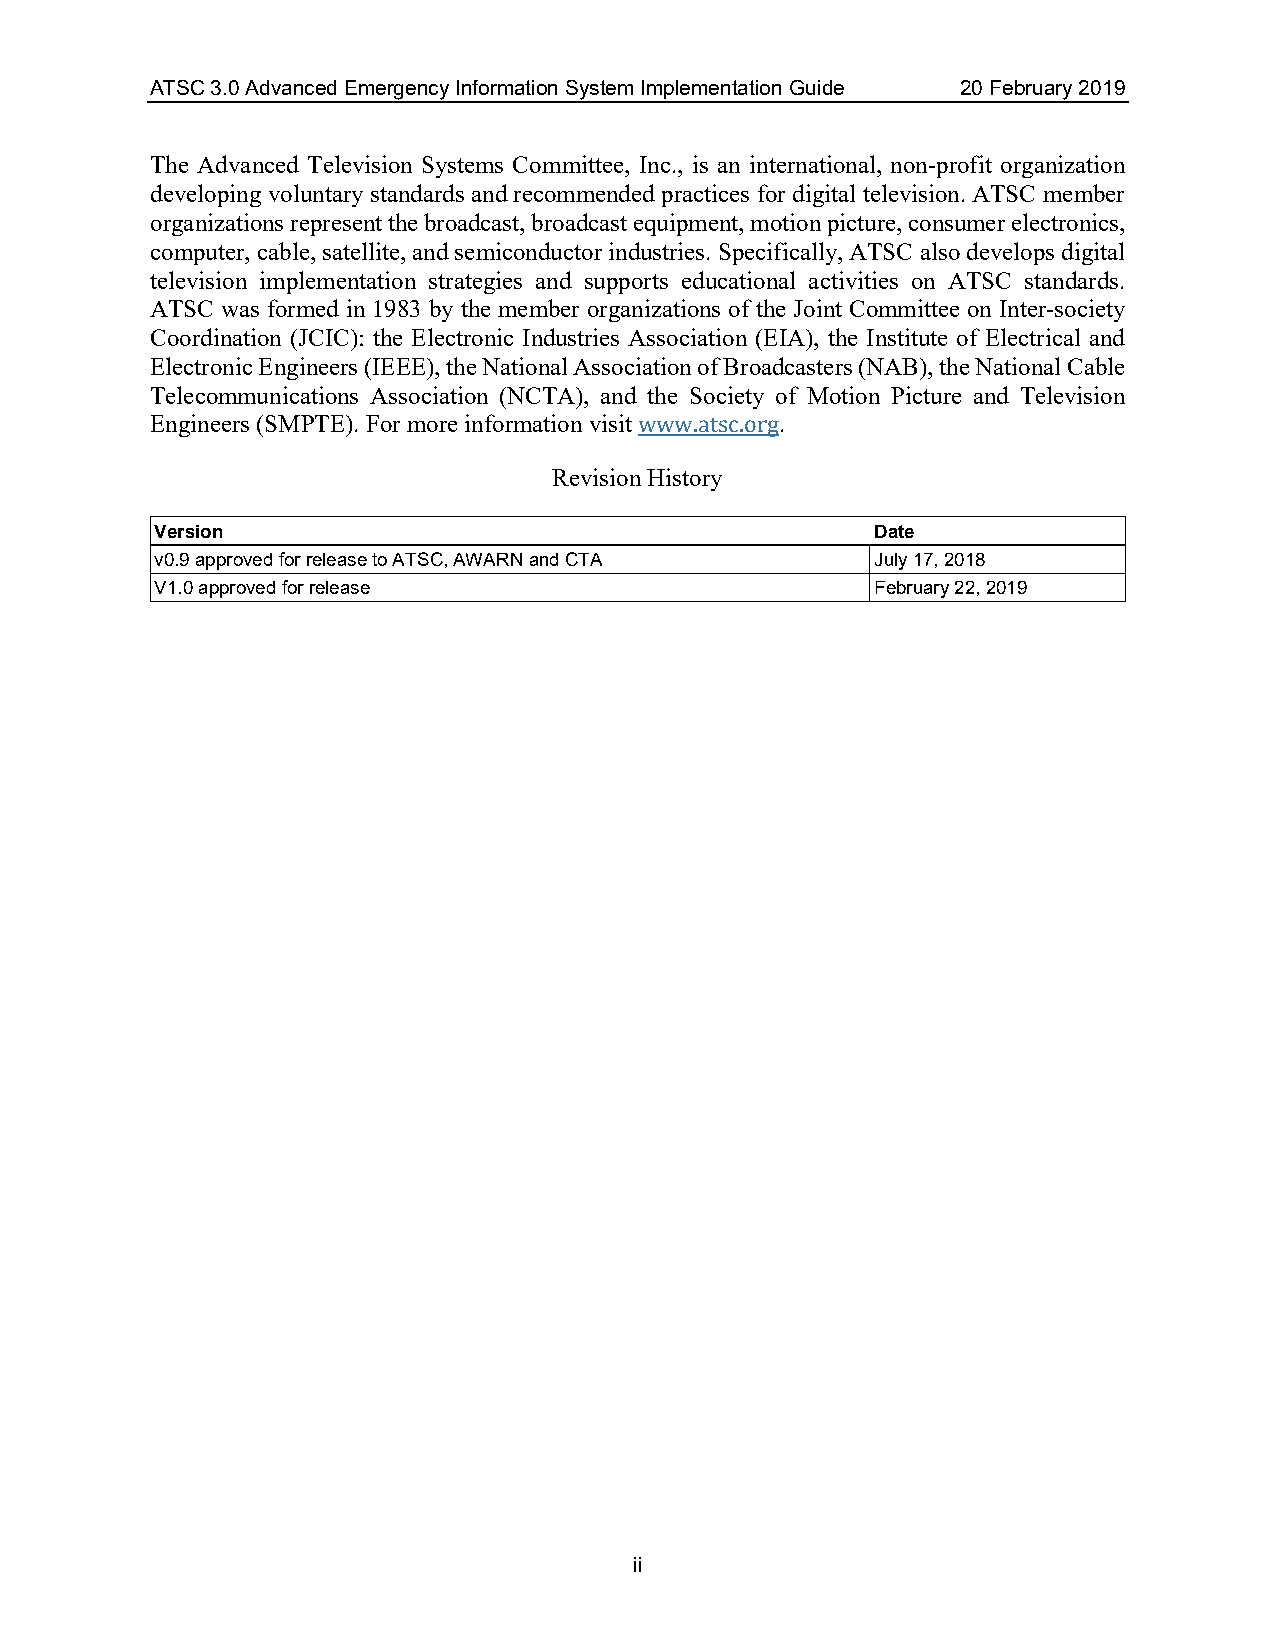
ATSC 3.0 Advanced Emergency Information System Implementation Guide 20 February 2019
 The Advanced Television Systems Committee, Inc., is an international, non-profit organization
 developing voluntary standards and recommended practices for digital television. ATSC member
 organizations represent the broadcast, broadcast equipment, motion picture, consumer electronics,
 computer, cable, satellite, and semiconductor industries. Specifically, ATSC also develops digital
 television implementation strategies and supports educational activities on ATSC standards.
 ATSC was formed in 1983 by the member organizations of the Joint Committee on Inter-society
 Coordination (JCIC): the Electronic Industries Association (EIA), the Institute of Electrical and
 Electronic Engineers (IEEE), the National Association of Broadcasters (NAB), the National Cable
 Telecommunications Association (NCTA), and the Society of Motion Picture and Television
 Engineers (SMPTE). For more information visit .
 Revisionw Hwiswto.aryts c.org
 Version                                         Date
 v0.9 approved for release to ATSC, AWARN and CTA July 17, 2018
 V1.0 approved for release                       February 22, 2019
 ii